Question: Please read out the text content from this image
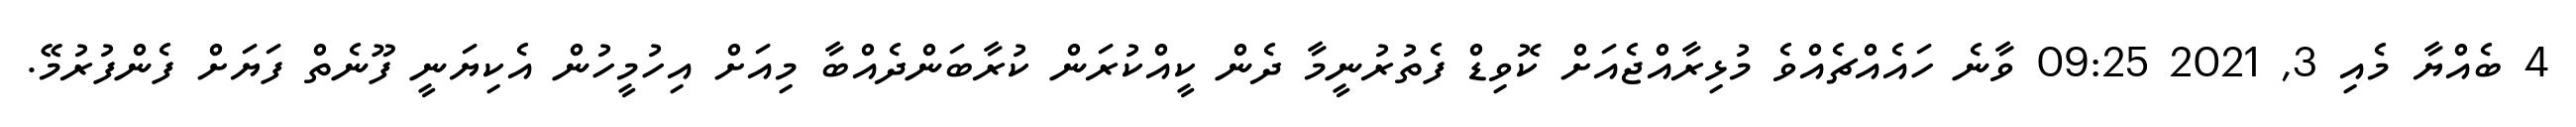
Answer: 4 ބެއްޔާ މެއި 3, 2021 09:25 ވާނެ ހައެއްޗެއްވެ މުޅިރާއްޖެއަށް ކޮވިޑް ފެތުރުނީމާ ދެން ކީއްކުރަން ކުރާބަންދެއްބާ މިއަށް އިހުމީހުން އެކިޔަނީ ފޫނެތް ފަޔަށް ފެންފުރުމޭ.